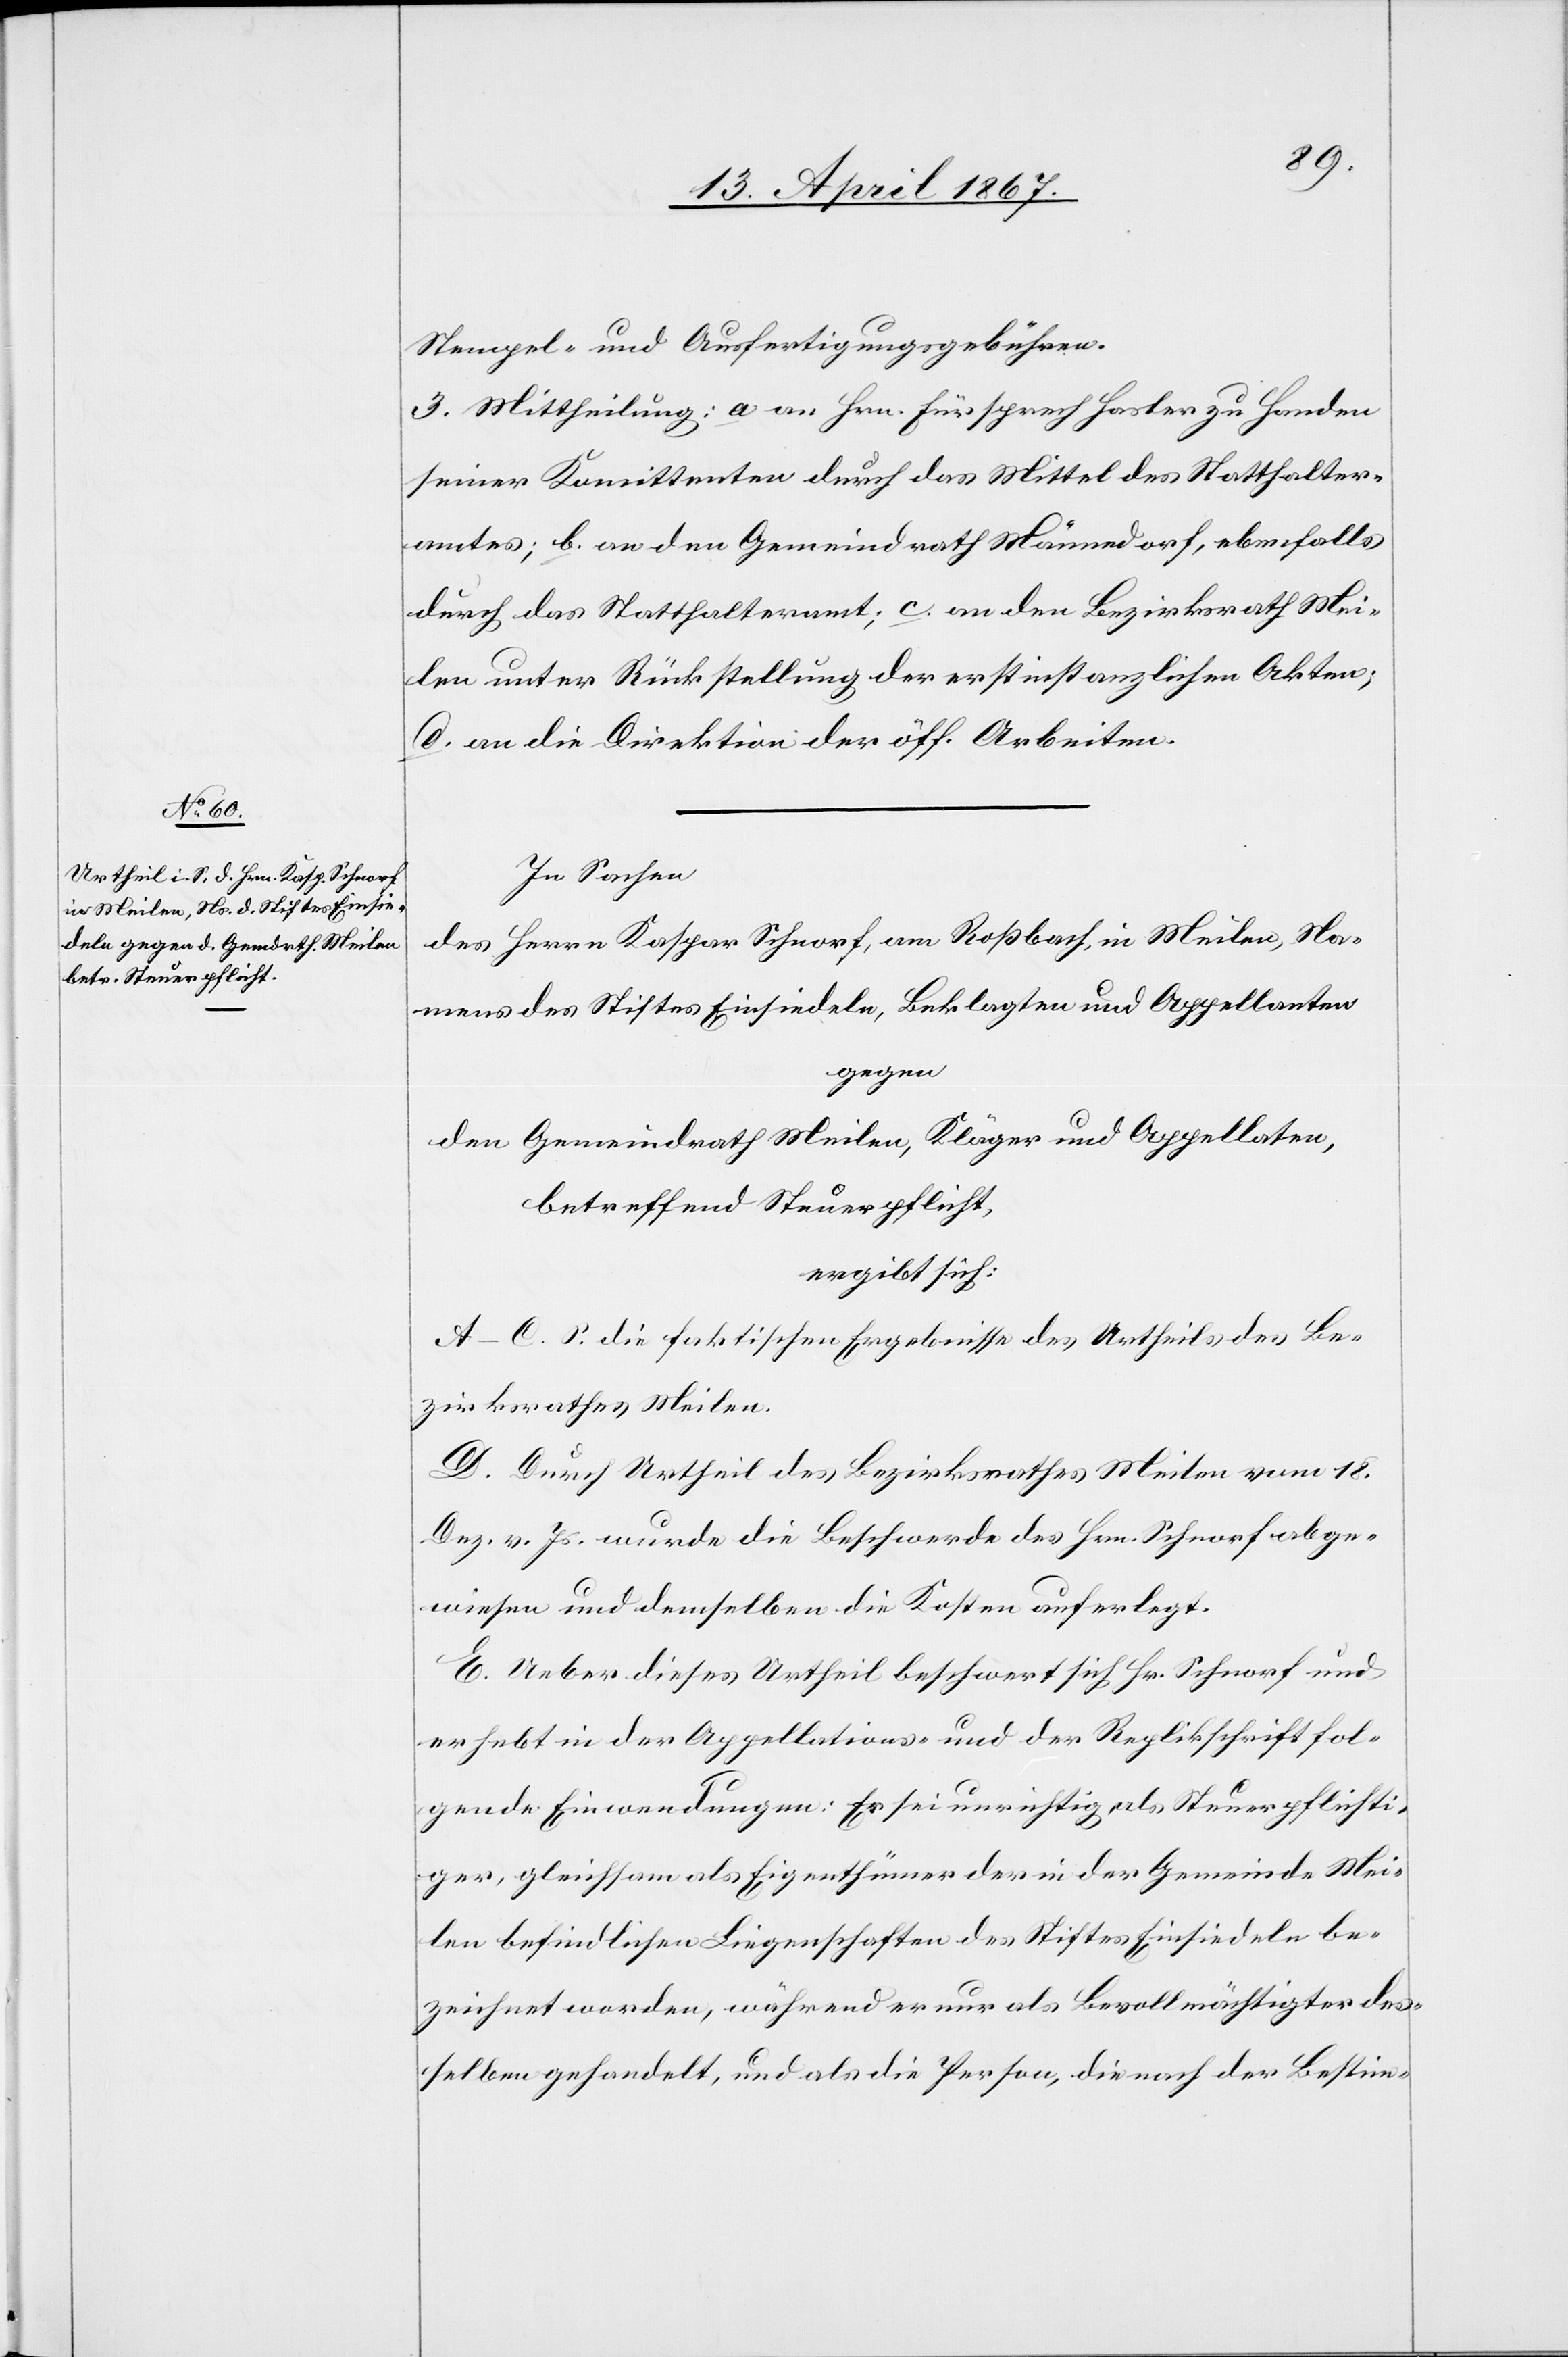
Stempel- und Ausfertigungsgebühren.
3. Mittheilung: a an Hrn. Fürsprech Hasler zu Handen
seiner Komittenten durch das Mittel des Statthalter¬
amtes; b. an den Gemeindrath Männedorf, ebenfalls
durch das Statthalteramt; c. an den Bezirksrath Mei¬
len unter Rückstellung der erstinstanzlichen Akten;
d. an die Direktion der öff. Arbeiten.
In Sachen
des Herrn Kaspar Schnorf, am Roßbach, in Meilen, Na¬
mens des Stiftes Einsiedeln, Beklagten und Appellanten
gegen
den Gemeinderath Meilen, Kläger und Appellaten,
betreffend Steuerpflicht,
ergibt sich:
A–C. S. die faktischen Ergebnisse des Urtheils des Be¬
zirksrathes Meilen.
D. Durch Urtheil des Bezirksrathes Meilen vom 18.
Dez. v. Js. wurde die Beschwerde des Hrn. Schnorf abge¬
wiesen und demselben die Kosten auferlegt.
E. Ueber dieses Urtheil beschwert sich Hr. Schnorf und
erhebt in der Appellations- und der Replikschrift fol¬
gende Einwendungen: Es sei unrichtig als Steuerpflichti¬
ger, gleichsam als Eigenthümer der in der Gemeinde Mei¬
len befindlichen Liegenschaften des Stiftes Einsiedeln be¬
zeichnet [zu] werden, während er nur als Bevollmächtigter des¬
selben gehandelt, und als die Person, die nach der Bestim-